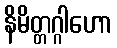
နိမိတ္တဂ္ဂါဟော